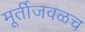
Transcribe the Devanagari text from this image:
मूर्तीजवळच